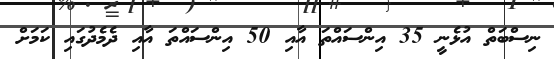
ނިސްބަތް އުޅެނީ 35 އިންސައްތަ އާއި 50 އިންސައްތަ އާއި ދެމެދުގައި ކަމަށް